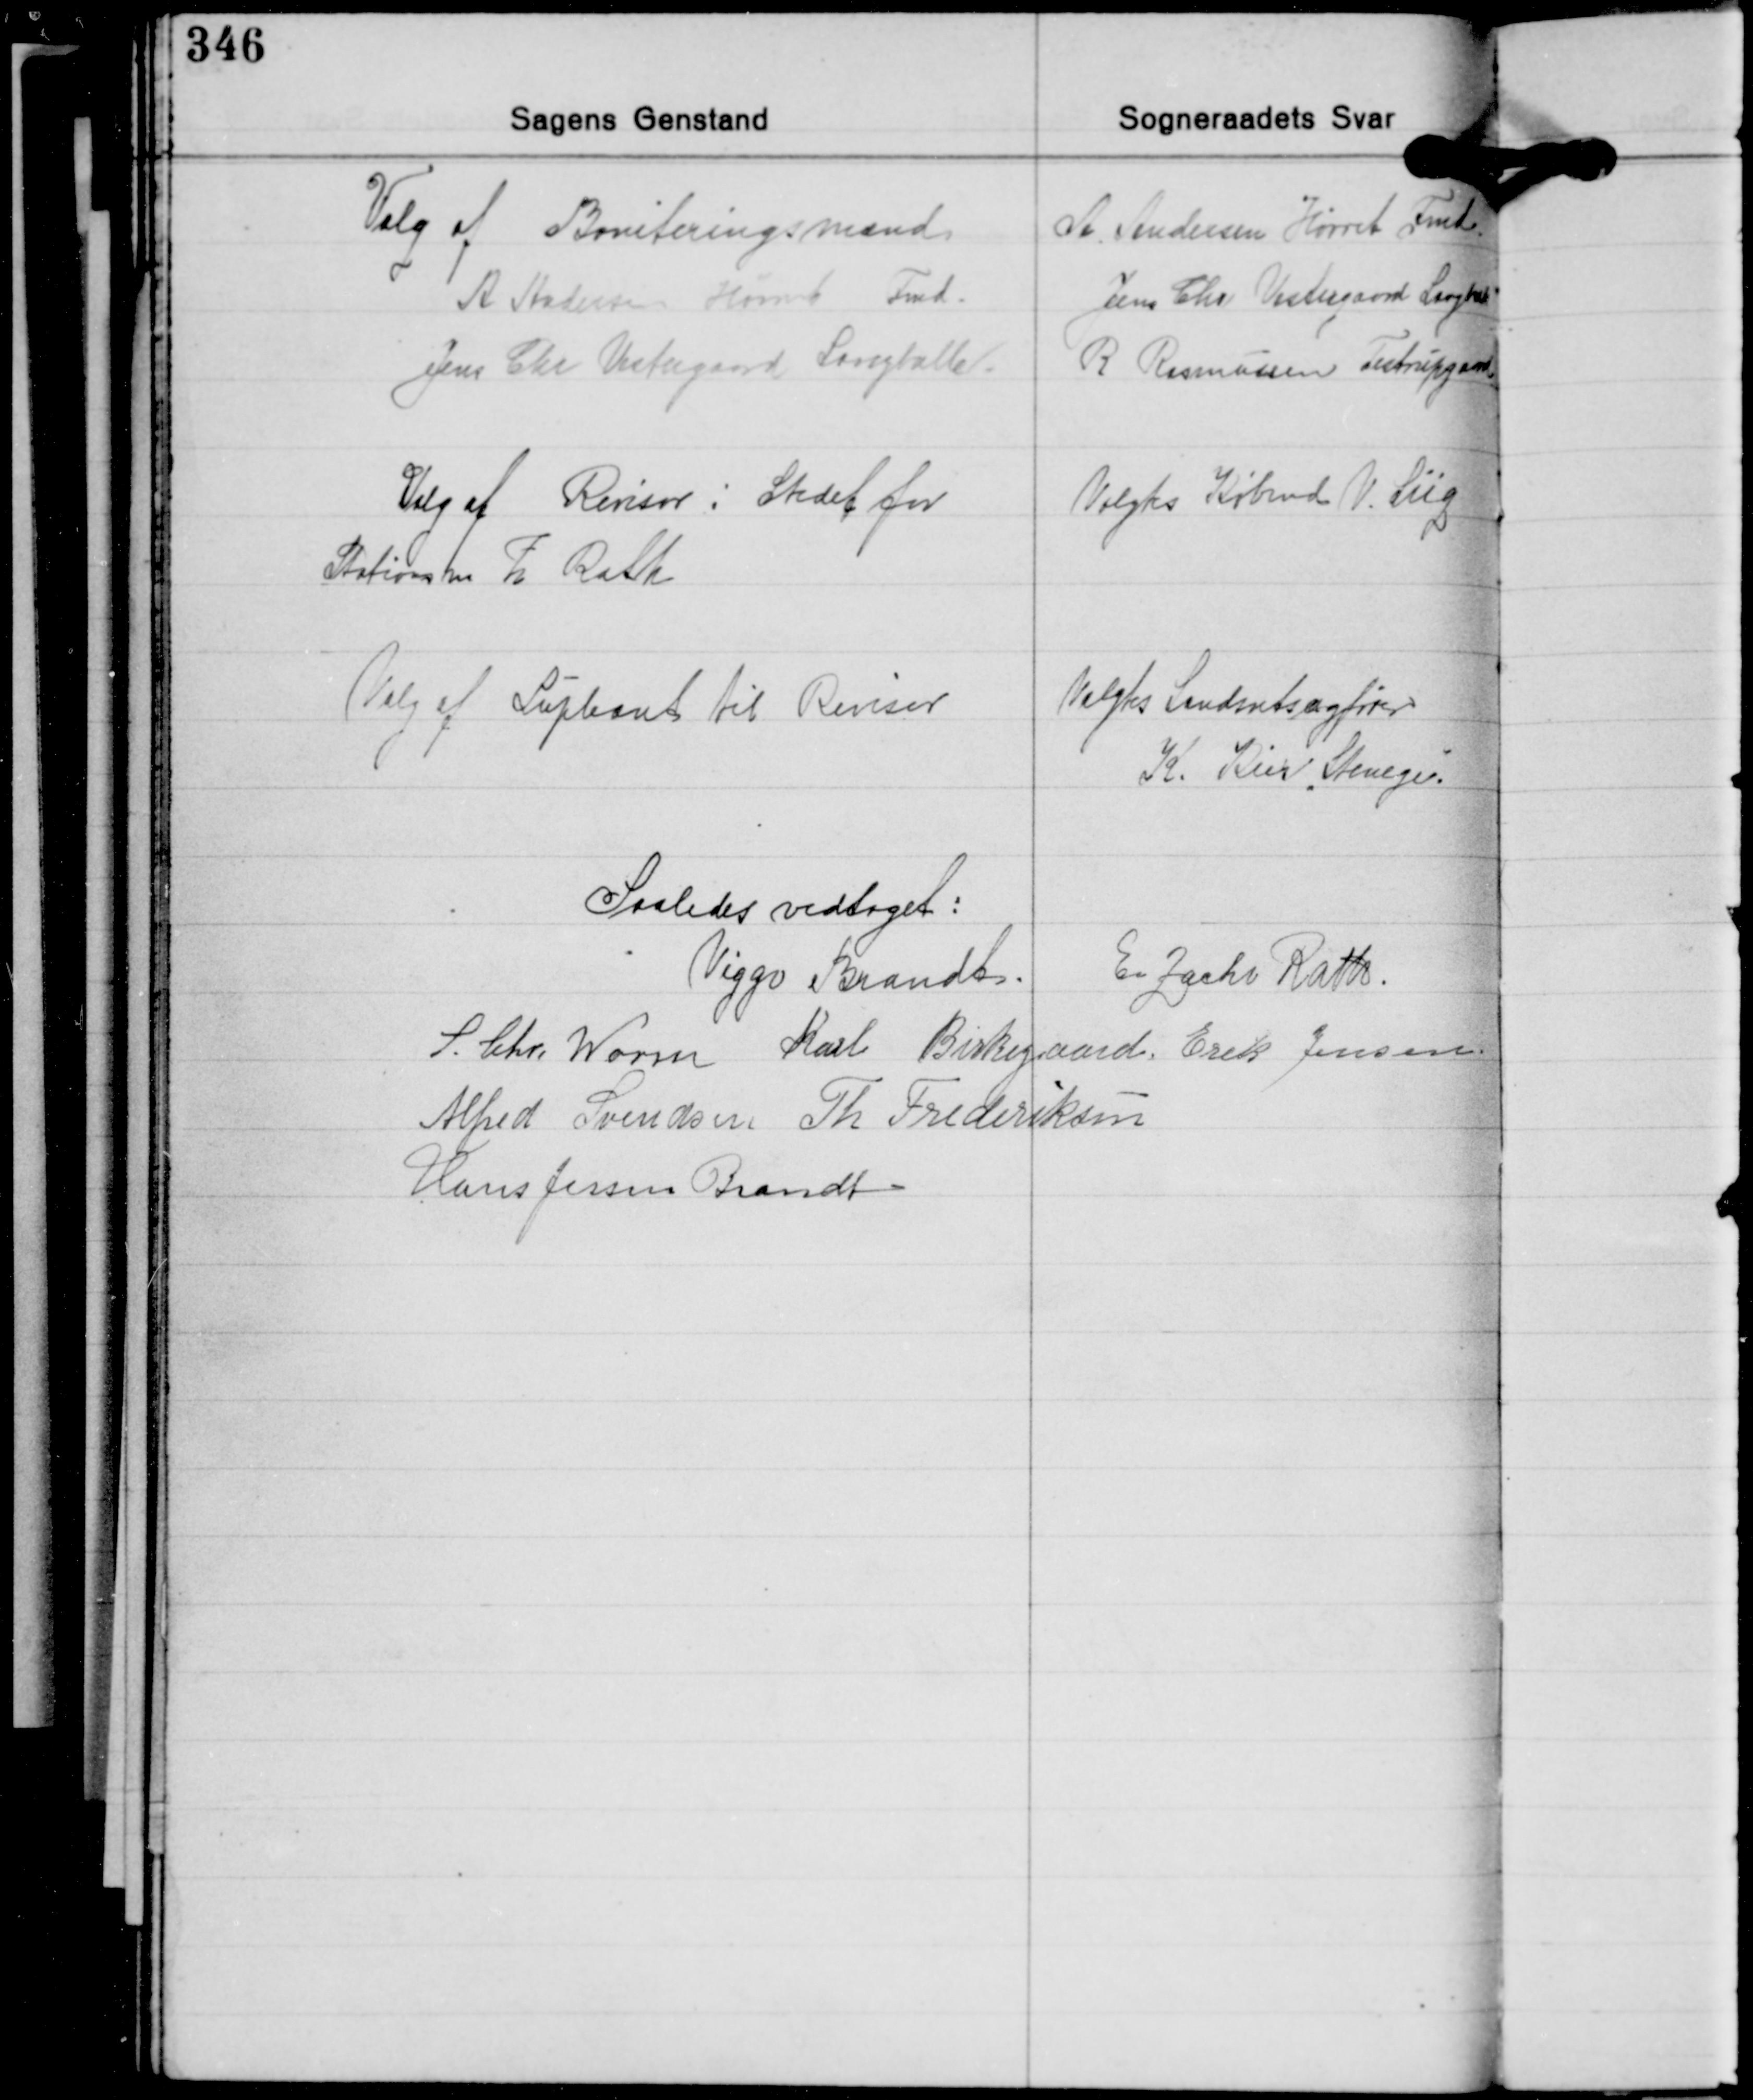
Transskription:
Valg af Boniteringsmænd
A. Andersen Hørret Fmd.
Jens Chr. Vestergaard Langballe.

A. Andersen Hørret Fmd.
Jens Chr. Vestergaard Langballe
R. Rasmussen Testrupgaard

Valg af Revisor i Stedet for
Stationsm. Z. Rath

Valgtes Købmd. V. Siig

Valg af Supleant til Revisor

Valgtes Iandsretssagfører
K. Kier "Stenege".

Saaledes vedtaget:
E. Zacho Rath
Viggo Brandt
S. Chr. Worm Karl Birkegaard Erik Jensen
Alfred Svendsen Th. Frederiksen
Hans Jessen Brandt